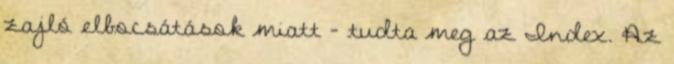
zajló elbocsátások miatt – tudta meg az Index. Az